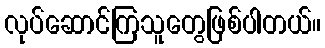
လုပ်ဆောင်ကြသူတွေဖြစ်ပါတယ်။